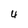
Character: 4